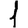
Digit: 1